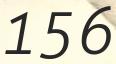
156